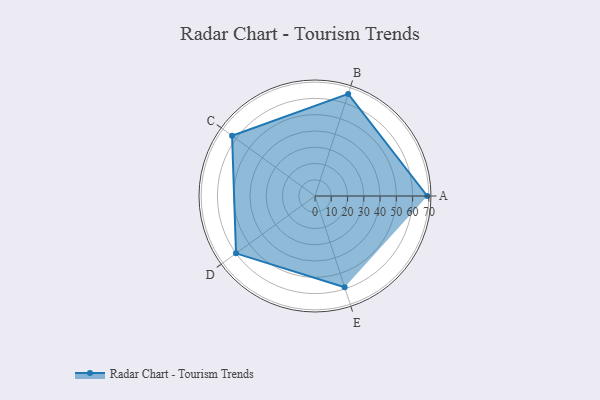
{"axis": {"x": "Skill", "y": "Score"}, "legend": ["Profile"], "data": [{"x": "A", "y": 69.0, "type": "Profile"}, {"x": "B", "y": 66.0, "type": "Profile"}, {"x": "C", "y": 63.0, "type": "Profile"}, {"x": "D", "y": 60.0, "type": "Profile"}, {"x": "E", "y": 59.0, "type": "Profile"}]}